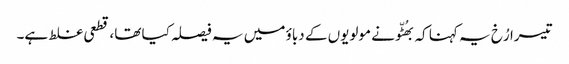
تیسرا رُخ یہ کہنا کہ بھُٹّو نے مولویوں کے دباؤ میں یہ فیصلہ کیا تھا، قطعی غلط ہے۔